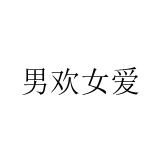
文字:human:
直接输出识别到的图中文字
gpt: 男欢女爱